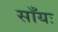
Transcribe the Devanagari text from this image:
साँयः